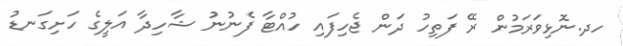
ހދ.ނޮޅިވަރަމުން ރޭ ފަތިހު ދަން ޖެހިފައި ހުއްޓާ ފެނުނު ޝާހިދާ އަލީގެ ހަށިގަނޑު